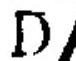
\(D\)